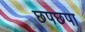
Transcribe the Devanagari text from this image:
छपछपा